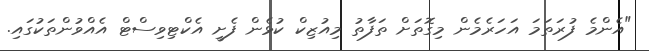
"އެންމެ ފުރަތަމަ އަހަރެމެން މިގޮތަށް ތަފާތު މިއުޒިކް ކުޅެން ފެށީ އެކްޓިވިސްޓް އެއްވުންތަކުގައި.